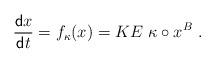
LaTeX: \begin{align*}\frac{ {\sf d} x}{ {\sf d} t} =f_{\kappa}(x) = KE \ \kappa \circ x^B \ .\end{align*}